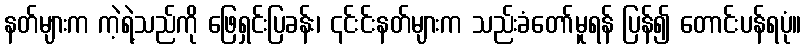
နတ်များက ကဲ့ရဲ့သည်ကို ဖြေရှင်းပြခန်း၊ ၎င်းင်းနတ်များက သည်းခံတော်မူရန် ပြန်၍ တောင်းပန်ရပုံ။